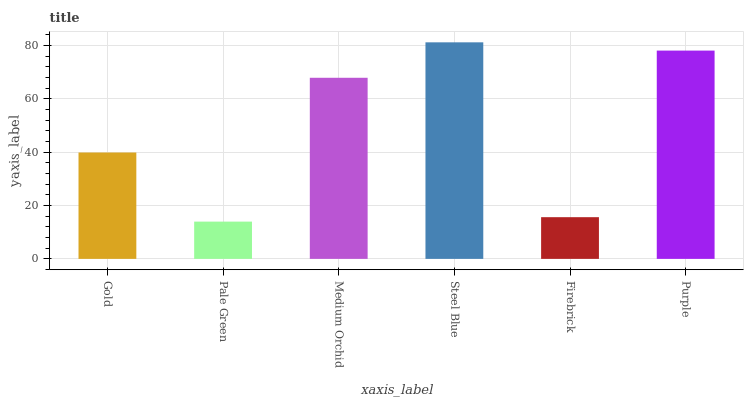
| xaxis_label | bars |
 | --- | --- |
 | Gold | 39.9 |
 | Pale Green | 14 |
 | Medium Orchid | 67.9 |
 | Steel Blue | 81.2 |
 | Firebrick | 15.6 |
 | Purple | 78.1 |